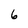
Character: 6